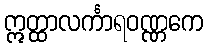
ဣတ္ထာလင်္ကာရဝဏ္ဏကေ